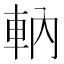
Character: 軜